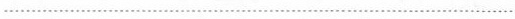
……